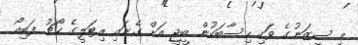
މި ސީޒަނުގެ ވަކި ހިސާބަކުން ބީޖީ އަށް ގެނައި އިޓަލީގެ ކޯޗު ފަބިއޯ